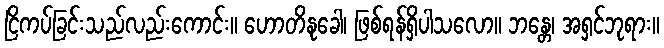
ငြိကပ်ခြင်းသည်လည်းကောင်း။ ဟောတိနုခေါ၊ ဖြစ်ရန်ရှိပါသလော။ ဘန္တေ၊ အရှင်ဘုရား။